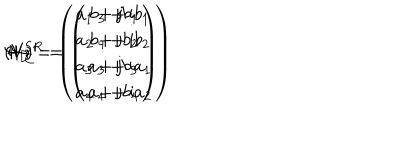
( V ) ^ { \prime } \hspace { 7 m m } \Psi _ { \bf D } = \left( \begin{array} { c } { { a _ { 1 } + \mathrm { j } b _ { 1 } } } \\ { { a _ { 2 } + \mathrm { j } b _ { 2 } } } \\ { { a _ { 3 } + \mathrm { j } b _ { 3 } } } \\ { { a _ { 4 } + \mathrm { j } b _ { 4 } } } \\ \end{array} \right) \hspace { 5 m m } \leftrightarrow \hspace { 5 m m } \Psi _ { \bf C } ^ { S R } = \left( \begin{array} { c } { { b _ { 3 } + \mathrm { i } b _ { 1 } } } \\ { { b _ { 4 } + \mathrm { i } b _ { 2 } } } \\ { { a _ { 3 } + \mathrm { i } a _ { 1 } } } \\ { { a _ { 4 } + \mathrm { i } a _ { 2 } } } \\ \end{array} \right)